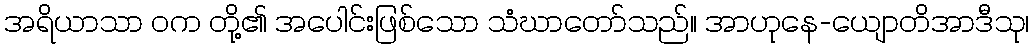
အရိယာသာ ဝက တို့၏ အပေါင်းဖြစ်သော သံဃာတော်သည်။ အာဟုနေ-ယျောတိအာဒီသု၊